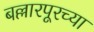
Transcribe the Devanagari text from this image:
बल्लारपूरच्या